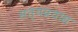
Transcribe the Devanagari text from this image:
सत्यप्रयास